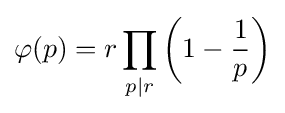
\varphi (p)=r\prod _{p\mid r}\left(1-{\frac {1}{p}}\right)